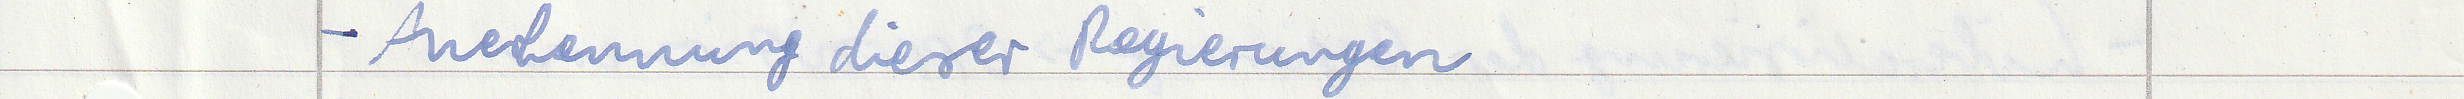
- Anerkennung dieser Regierungen